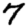
Digit: 7